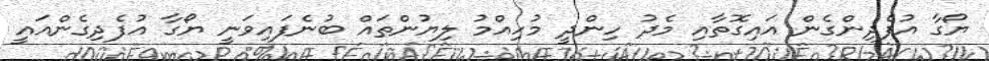
ޔޯގާ އުފެދިންގެން އައިގޮތާއި މެދު ހިންދީ މުހިއްމު ލިޔުންތައް ބުނެފައިވަނީ ޔޯގާ އުފެދިގެންއައީ